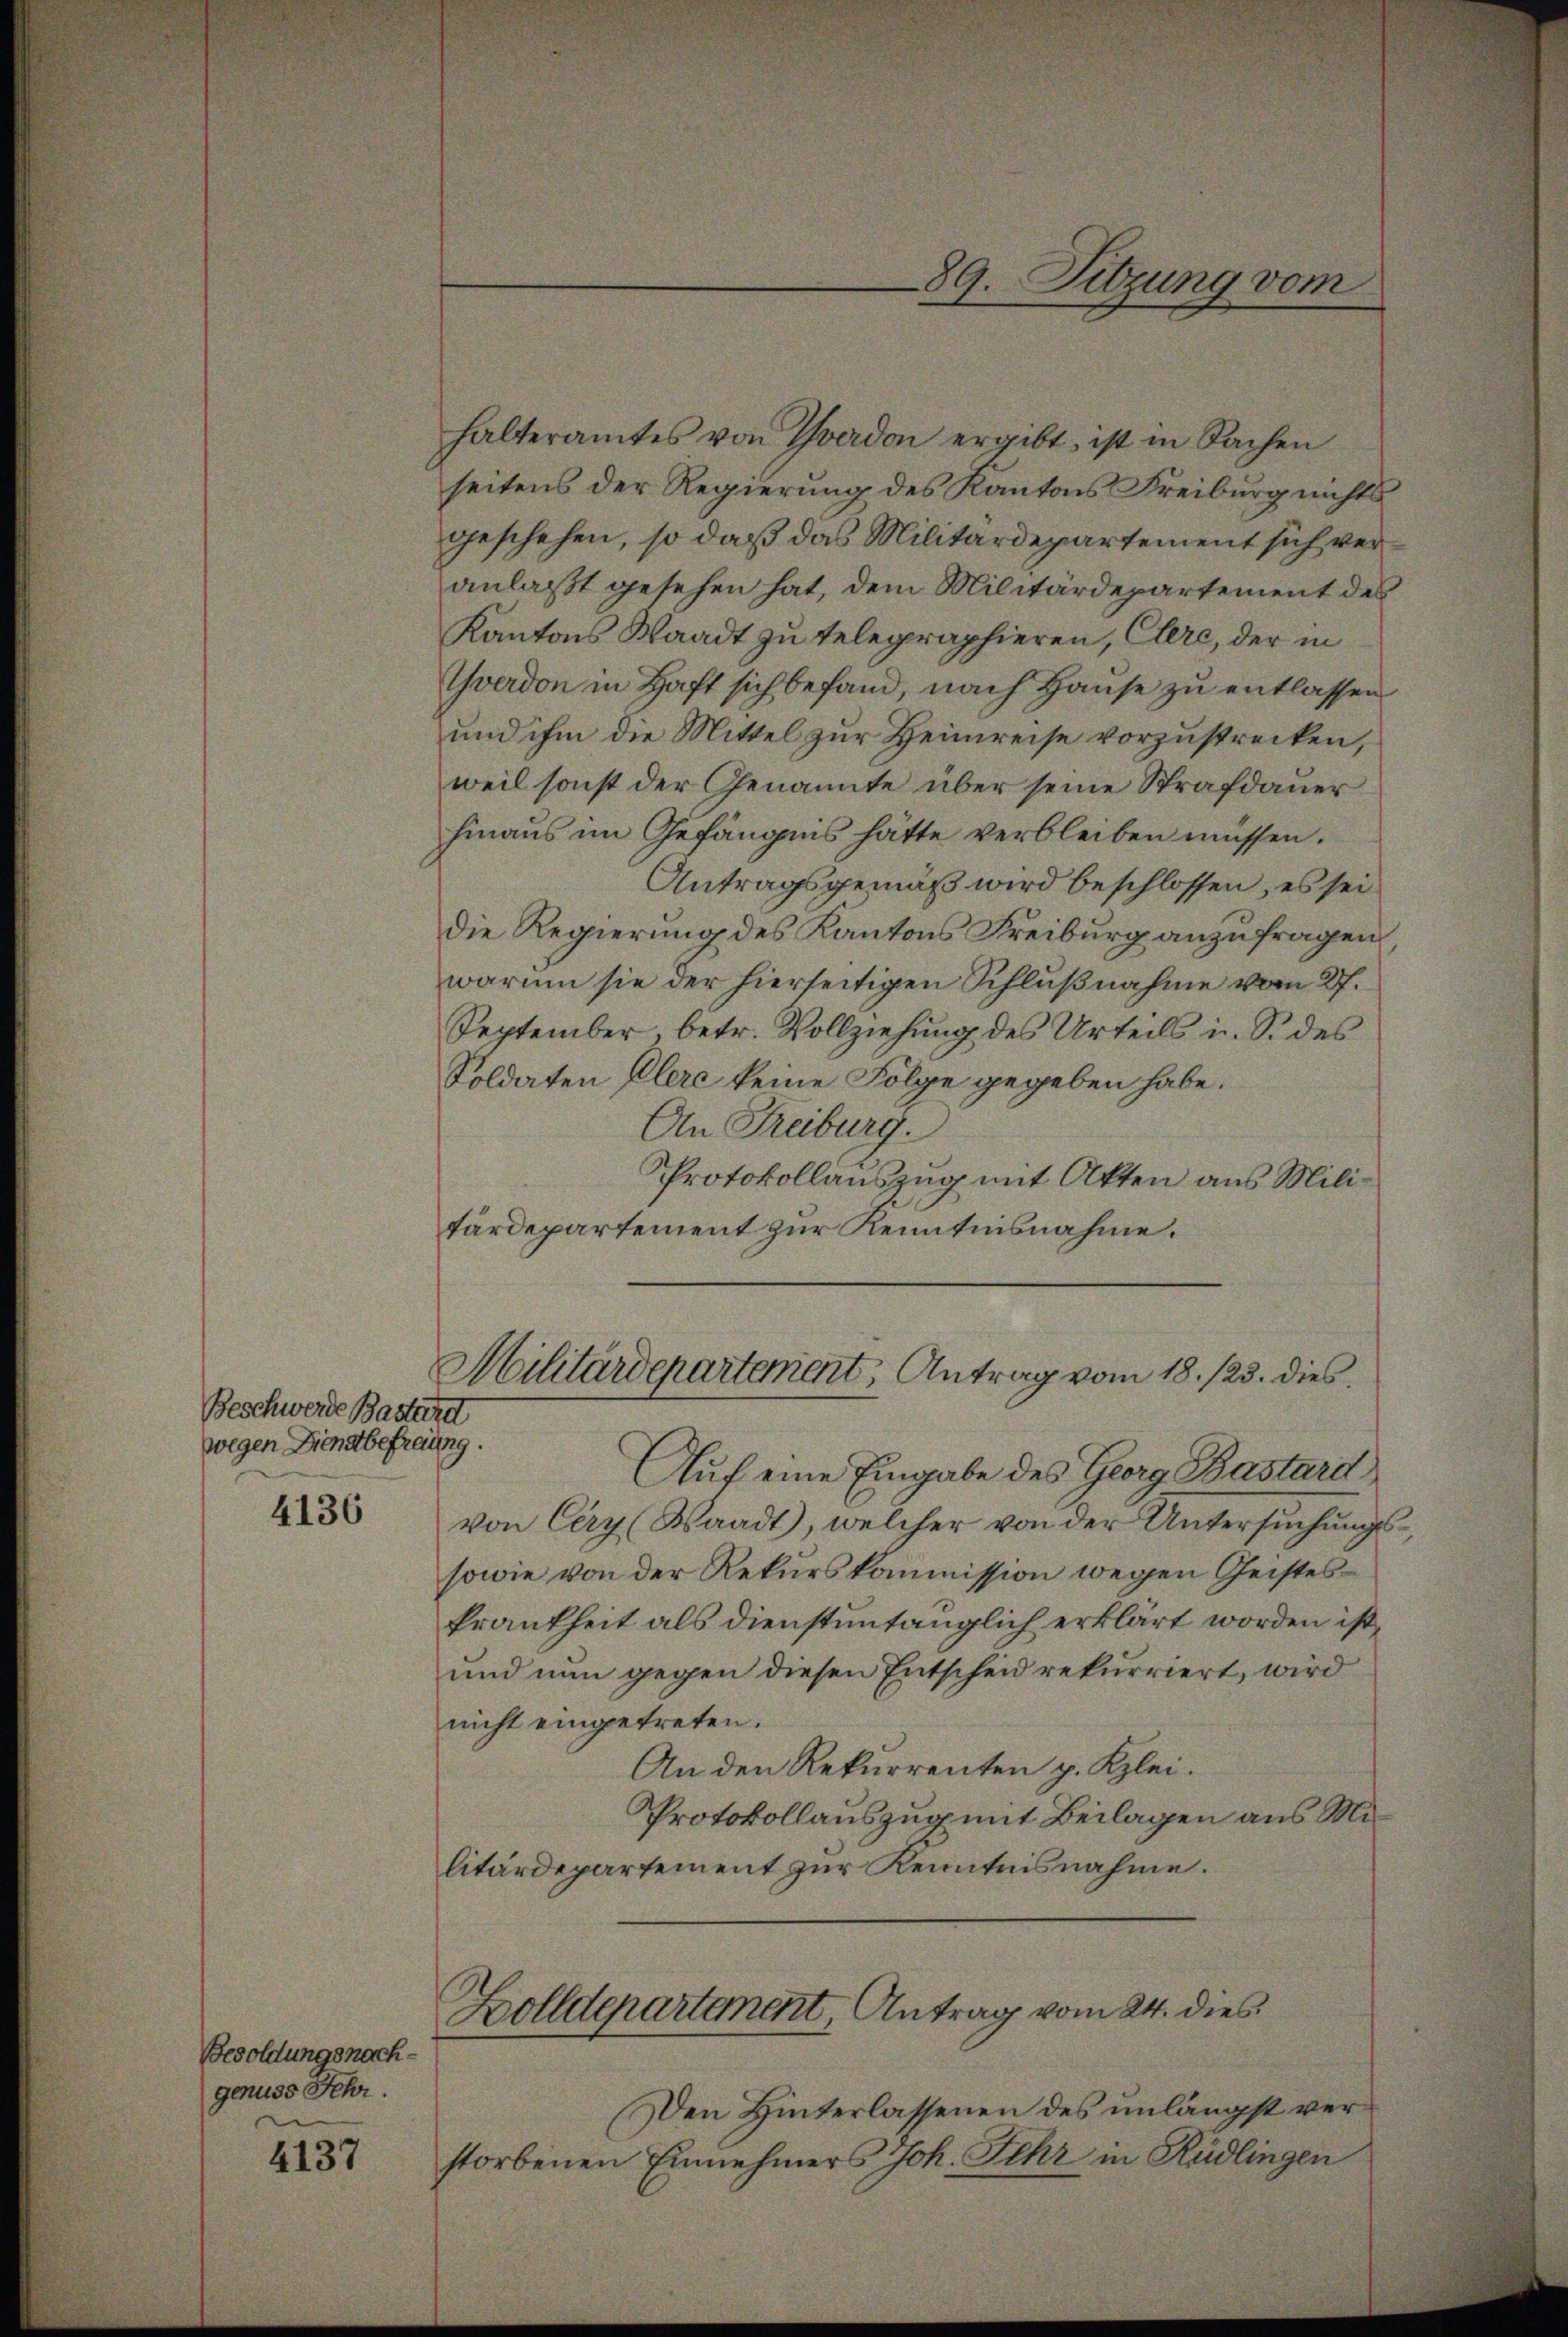
Beschwerde Bastard
wegen Dienstbefreung.

4136

Besoldungsnachgenuss sehr.

4137

halteramtes von Yverdon ergibt ist in Sachen
seitens der Regierung des Kantons Freiburg nichts
geschehen, so daß das Militärdepartement sich veranlaßt gesehen hat, dem Militärdepartement des
Kantons Waadt zu telegraphieren, Clere, der in
Yverdon in Haft sich befand, nach Hause zu entlassen
und ihm die Mittel zur Heimreise vorzustrecken,
weil sonst der Genannte über seine Strafdauer
hinaus im Gefängnis hätte verbleiben müssen.
Antragsgemäß wird beschlossen, es sei
die Regierung des Kantons Freiburg anzufragen
warum sie der hierseitigen Schlußnahme vom 27.
September betr. Vollziehŭng des Urteils u. S. des
Soldaten Elere keine Folge gegeben habe.
An Freiburg.
Protokollauszug mit Akten aus Militärdepartement zur Kenntnisnahme.

89. Sitzung vom

Militärdepartement, Antrag vom 18. 123. dies

Auf eine Eingabe des Georg Bastard
von Cery (Waadt, welcher von der Untersŭchŭngs-
sowie von der Rekurskommission wegen Geistes¬
Frankheit als dienstuntänglich erklärt worden ist,
und nun gegen diesen Entscheid rekurriert, wird
nicht eingetreten.
An den Rekurrenten p. Kzlei.
Protokollauszug mit Beilagen aus Militärdepartement zur Kenntnisnahme.

Zolldepartement, Antrag vom 24. dies

Den Hinterlassenen des unlängst verstorbenen Einnehmers Joh. Sehr in Rüdlingen